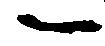
一